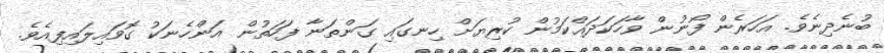
ބުނެދިނެވެ. އަހަރެން ފޯނުން ވާހަކަދައްކަމުން ކުރިޔަށް ހިނގައި ގަންތަނާ ފަހަތުން އަންހެނަކު ގޮވައިލައިފިއެވެ.